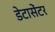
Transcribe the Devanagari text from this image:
डेटासेंटर